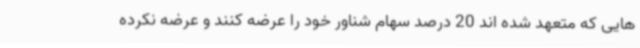
هایی که متعهد شده اند 20 درصد سهام شناور خود را عرضه کنند و عرضه نکرده